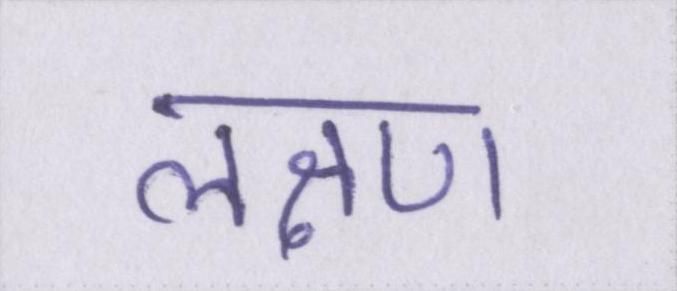
लक्षण